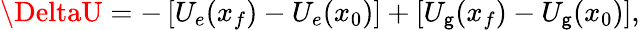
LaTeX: \DeltaU=-\left[U_{e}(x_{f})-U_{e}(x_{0})\right]+\left[U_{\mathsf{g}}(x_{f})-U_{\mathsf{g}}(x_{0})\right],